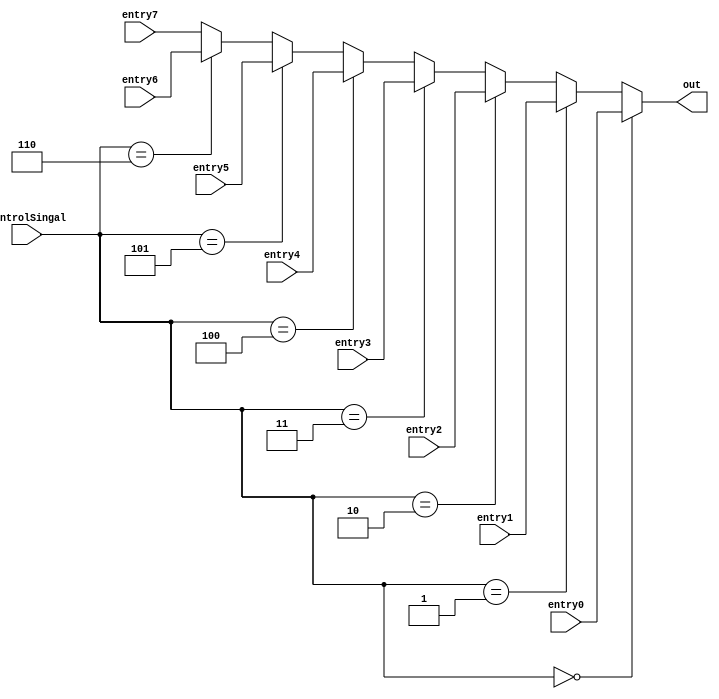

module muxmemtoreg(input wire[31:0]entry0, entry1, entry2, entry3, entry4, entry5, entry6, entry7, input wire[2:0]controlSingal, output wire[31:0] out);

        assign out = (controlSingal == 3'b000) ? entry0 :
                     (controlSingal == 3'b001) ? entry1 :
                     (controlSingal == 3'b010) ? entry2 :
                     (controlSingal == 3'b011) ? entry3 :
                     (controlSingal == 3'b100) ? entry4 :
                     (controlSingal == 3'b101) ? entry5 :
                     (controlSingal == 3'b110) ? entry6 :
                     entry7;

endmodule